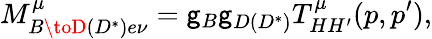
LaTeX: M_{B\toD(D^{*})e\nu}^{\mu}=\mathsf{g}_{B}\mathsf{g}_{D(D^{*})}T_{HH^{\prime}}^{\mu}(p,p^{\prime}),